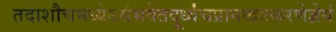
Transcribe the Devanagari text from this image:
तदाशौचमध्येऽसंभवेतदूर्ध्वंचप्रागब्दात्करणेज्ञेयं